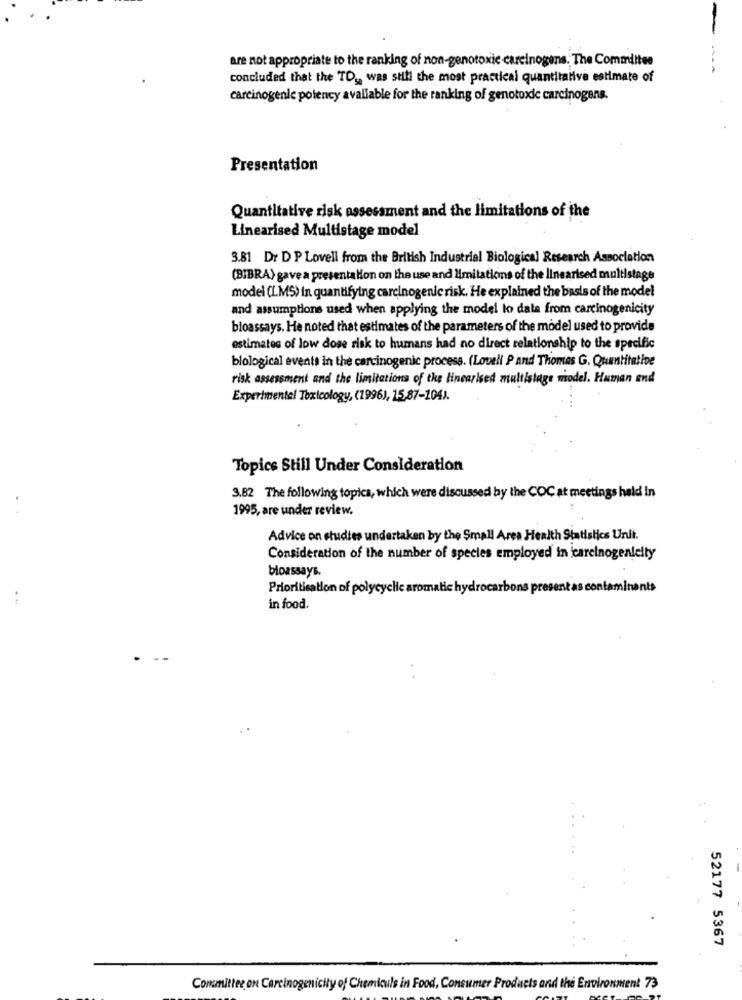
are not appropriate to the ranking of non-genotoxic carcinogens. The Committee
concluded that the TD ., was still the most practical quantitative estimate of
carcinogenic potency avaliable for the ranking of genotoxic carcinogens.
Presentation
Quantitative risk assessment and the limitations of the
Linearised Multistage model
3.81 Dr D P Lovell from the British Industrial Biological Research Association
(BIBRA) gavea presentation on the use and limitations of the linearised multistage
model (LMS) in quantifying carcinogenic risk. He explained the basis of the model
and assumptions used when applying the model lo data from carcinogenicity
bioassays. He noted that estimates of the parameters of the model used to provide
estimates of low dose risk to humans had no direct relationship to the specific
biological events in the carcinogenic process. (Lovell P and Thomas G. Quantitative
risk assessment and the limitations of the linearised multistage model. Human and
Experimental Toxicology, (1996), 15,87-104).
Topics Still Under Consideration
3.82 The following topics, which were discussed by the COC at meetings held in
1995, are under review.
Advice on studies undertaken by the Small Area Health Statistics Unit.
Consideration of the number of species employed in icarcinogenicity
bioassays.
Prioritisation of polycyclic aromatic hydrocarbons present as contaminants
in food.
.
..
52177 5367
Committee on Carcinogenicity of Chemiculs in Food, Consumer Products and the Environment 73